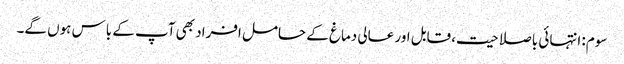
سوم: انتہائی باصلاحیت، قابل اور عالی دماغ کے حامل افراد بھی آپ کے باس ہوں گے۔